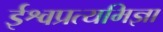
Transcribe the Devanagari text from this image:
ईश्वप्रत्यमिज्ञा